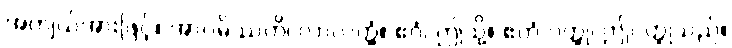
အကျယ်အားဖြင့်။ အာဂမိဿတိ၊ လာလတ္တံ့။ ဧဝံ၊ ဤသို့။ ဧတံ ဝတ္ထု၊ ဤဝတ္ထုသည်။